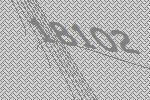
18102